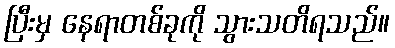
ပြီးမှ နေရာတစ်ခုကို သွားသတိရသည်။